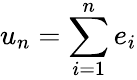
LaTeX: u_{n}=\sum\limits_{i=1}^{n}e_{i}